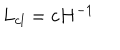
LaTeX: L _ { c l } = c H ^ { - 1 }